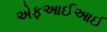
એફઆઈઆઈ